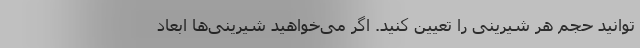
توانید حجم هر شیرینی را تعیین کنید. اگر می‌خواهید شیرینی‌ها ابعاد